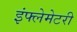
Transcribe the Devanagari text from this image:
इंफ्लेमेटरी